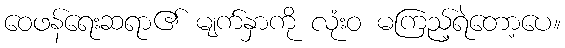
ဝေဖန်ရေးဆရာ၏ မျက်နှာကို လုံးဝ မကြည့်ရဲတော့ပေ။